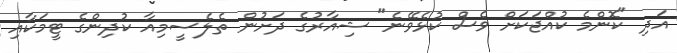
އަދި "ކޮންމެ ކުއްޖަކަށް ވެސް ކުޅެވޭނެ" ޝިއާރުގެ ދަށުން ތެލެސީމިއާ ކުދިންގެ ޓީމަކާއި